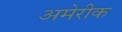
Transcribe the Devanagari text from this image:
अमेरीक